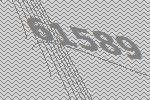
61589